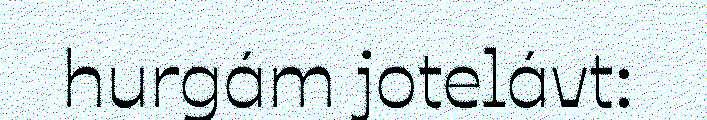
hurgám jotelávt: